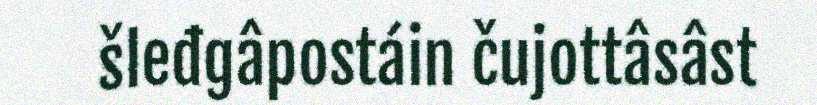
šleđgâpostáin čujottâsâst